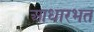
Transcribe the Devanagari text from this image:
आधारभत